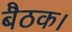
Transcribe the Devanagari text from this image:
बैठक।